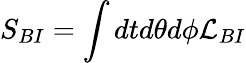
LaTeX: S_{BI}=\int dtd\theta d\phi{\cal L}_{BI}